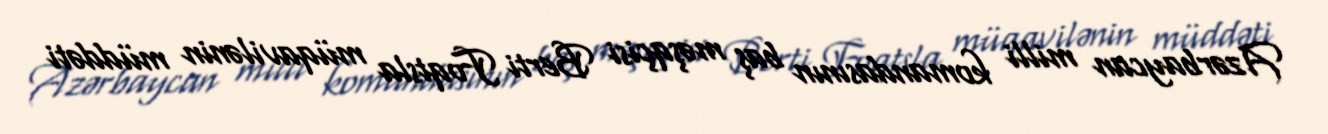
Azərbaycan milli komandasının baş məşqçisi Berti Foqtsla müqavilənin müddəti